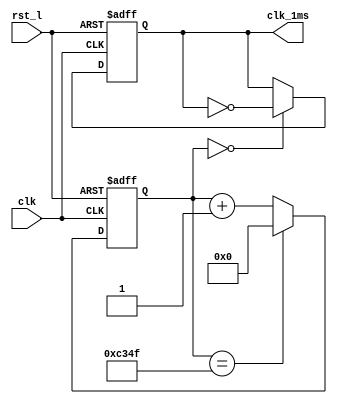
`timescale 1ns / 1ps
//////////////////////////////////////////////////////////////////////////////////
// Company: 
// Engineer: 
// 
// Design Name: 
// Module Name: clk_div_ms
// Project Name: 
// Target Devices: 
// Tool Versions: 
// Description: 
// 
// Dependencies: 
// 
// Revision:
// Revision 0.01 - File Created
// Additional Comments:
// 
//////////////////////////////////////////////////////////////////////////////////


module clk_div_ms
#(parameter CNT_MAX= 16'd49999)
(
input clk,
input rst_l,
output reg clk_1ms
);
reg [15:0]cnt_1ms;

//100M10ns clk1ms
always @(posedge clk,negedge rst_l)
if(!rst_l)//
cnt_1ms<=0;//
else	if(cnt_1ms==CNT_MAX)
cnt_1ms<=0;
else 
cnt_1ms<=cnt_1ms+15'd1;
//1ms
always @(posedge clk,negedge rst_l)
if(!rst_l)//
clk_1ms<=1'b0;
else	if(cnt_1ms==0)
clk_1ms<=~clk_1ms;
else 
clk_1ms<=clk_1ms;

endmodule